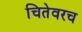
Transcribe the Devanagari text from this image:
चितेवरच